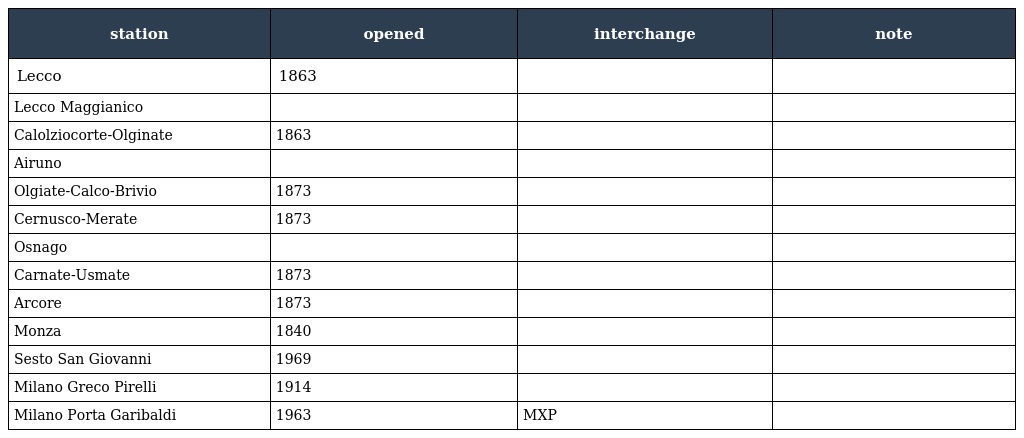
| station | opened | interchange | note |
 | --- | --- | --- | --- |
 | Lecco | 1863 |  |  |
 | Lecco Maggianico |  |  |  |
 | Calolziocorte-Olginate | 1863 |  |  |
 | Airuno |  |  |  |
 | Olgiate-Calco-Brivio | 1873 |  |  |
 | Cernusco-Merate | 1873 |  |  |
 | Osnago |  |  |  |
 | Carnate-Usmate | 1873 |  |  |
 | Arcore | 1873 |  |  |
 | Monza | 1840 |  |  |
 | Sesto San Giovanni | 1969 |  |  |
 | Milano Greco Pirelli | 1914 |  |  |
 | Milano Porta Garibaldi | 1963 | MXP |  |